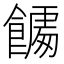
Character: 𮩎